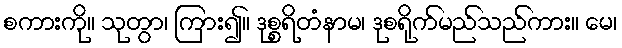
စကားကို။ သုတွာ၊ ကြား၍။ ဒုစ္စရိတံနာမ၊ ဒုစရိုက်မည်သည်ကား။ မေ၊